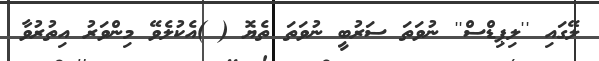
ލޭގައި ''ލިޕިޑްސް'' ނުވަތަ ސަރުބީ ނުވަތަ ތެޔޮ ( )އެކުލެވޭ މިންވަރު އިތުރުވާ